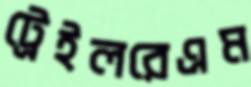
ট্রেইলরেএম